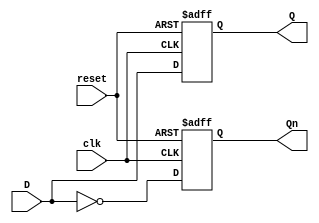
/* Behavioral model of D_flipflop with Asynchronous Reset
*/

module D_FlipFlop( output reg Q, Qn
		,input wire clk,D, reset);
always @(posedge clk or negedge reset)
  if(!reset)
	begin 
	Q <= 0;
	Qn <= 1;
	end 
   else
	begin 
	 Q <= D;
	Qn <= ~D;
	end
endmodule